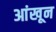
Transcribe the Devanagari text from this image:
आंखून